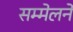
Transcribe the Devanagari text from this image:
सम्मेलनें